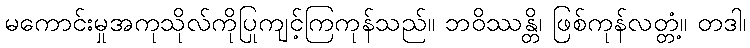
မကောင်းမှုအကုသိုလ်ကိုပြုကျင့်ကြကုန်သည်။ ဘဝိဿန္တိ၊ ဖြစ်ကုန်လတ္တံ့။ တဒါ၊